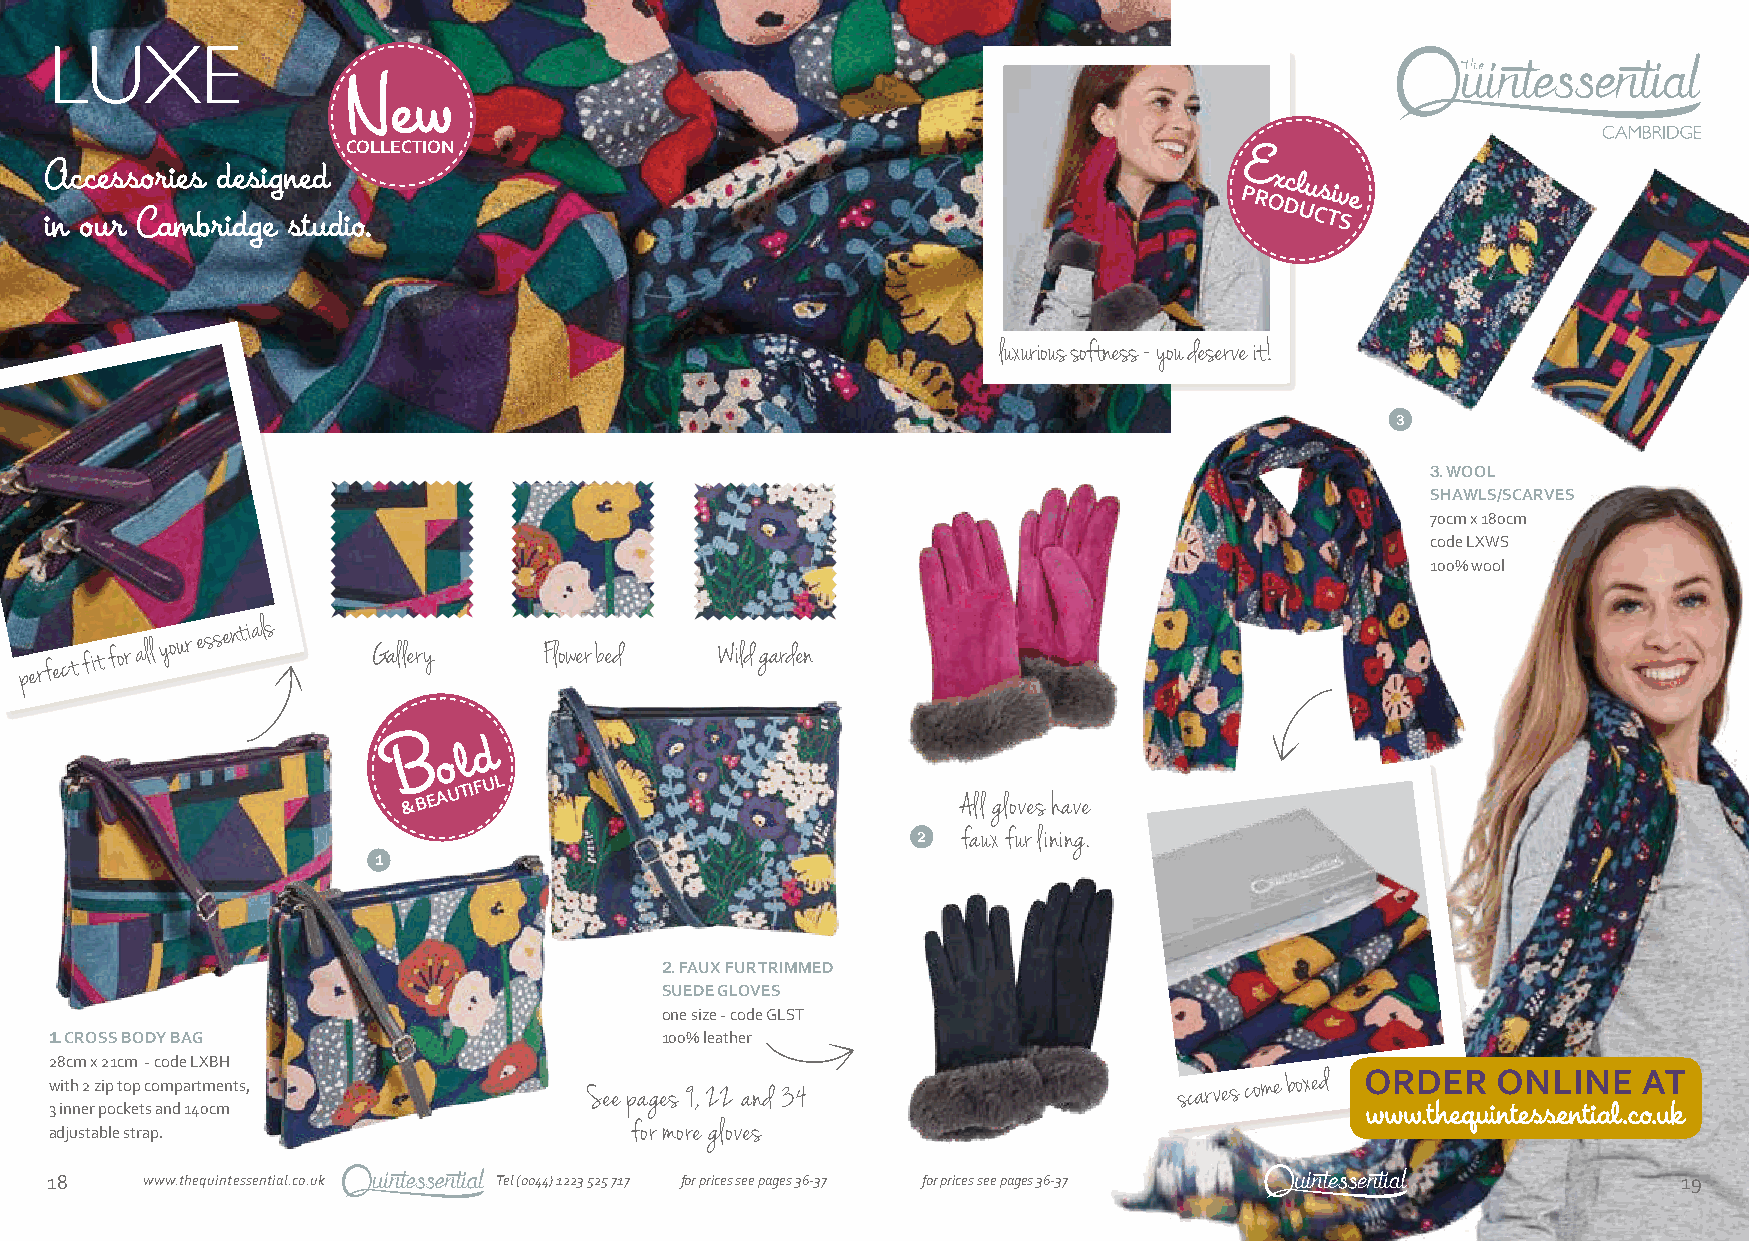
LUXE
 New
 COLLECTION
 E
 A
 in
 c oc ue rs s Cor ai mes
 b
 rd ides gi eg n se td
 ud io.
 PRx Oc Dl Uu Cs Tiv
 Se
 luxurious softness - you deserve it!
 3
 3. WOOL
 SHAWLS/SCARVES
 70cm x 180cm
 code LXWS
 100% wool
 p er f e c t fit f o r all y o ur e s s e
 ntials
 Gallery    Flower bed  Wild garden
 B   o l d
 &
 BEAUTIFUL
 All gloves have
 2  faux fur lining.
 1
 2. FAUX FUR TRIMMED
 SUEDE GLOVES
 one size - code GLST
 1. CROSS BODY BAG                        100% leather
 28cm x 21cm - code LXBH
 with 2 zip top compartments,
 See pages 9, 22 and 34
 scarves come boxed
 3 inner pockets and 140cm
 adjustable strap.                      for more gloves
 18    www.thequintessential.co.uk Tel (0044) 1223 525 717 for prices see pages 36-37 for prices see pages 36-37 19